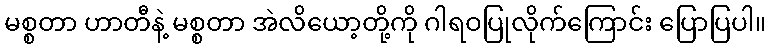
မစ္စတာ ဟာတီနဲ့ မစ္စတာ အဲလိယော့တို့ကို ဂါရဝပြုလိုက်ကြောင်း ပြောပြပါ။